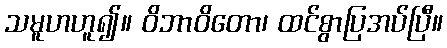
သမူဟဟူ၍။ ဝိဘာဝိတော၊ ထင်စွာပြအပ်ပြီ။